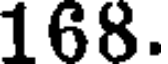
168.